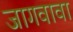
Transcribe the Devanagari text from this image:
जागवावा